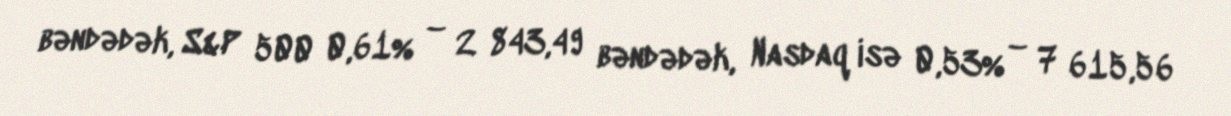
bəndədək, S&P 500 0,61% – 2 843,49 bəndədək, Nasdaq isə 0,53% – 7 615,56